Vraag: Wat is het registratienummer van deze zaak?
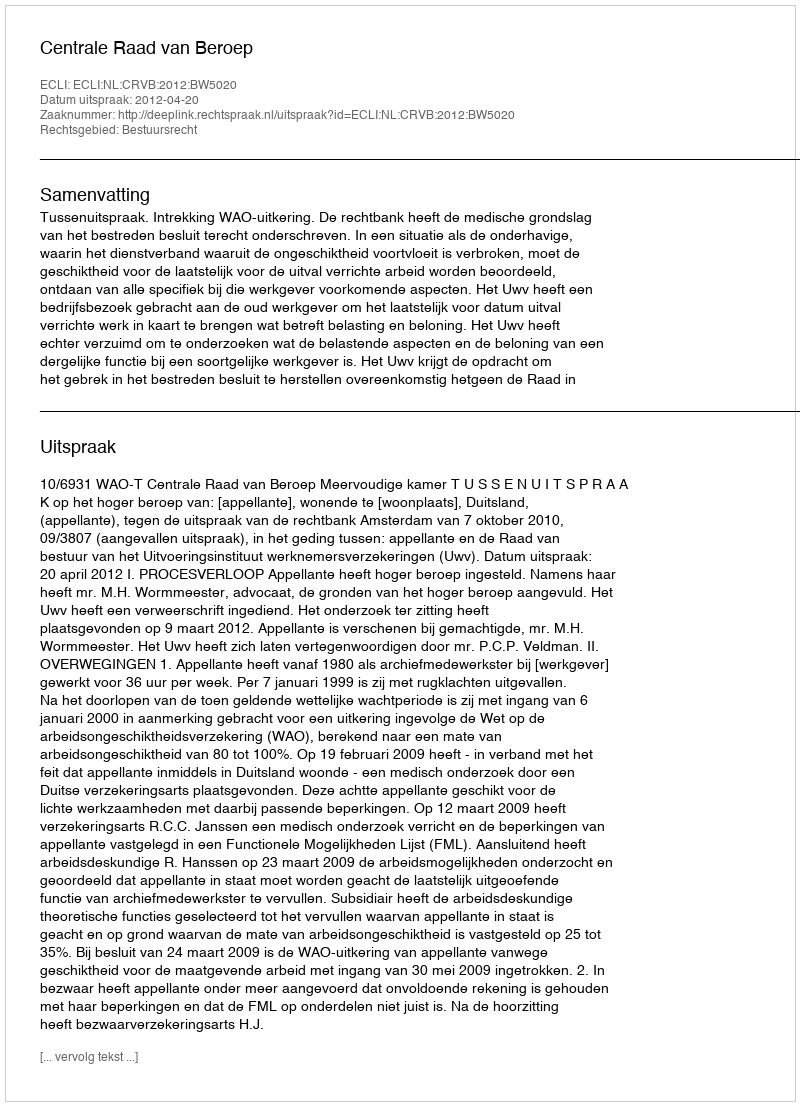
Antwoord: http://deeplink.rechtspraak.nl/uitspraak?id=ECLI:NL:CRVB:2012:BW5020